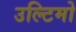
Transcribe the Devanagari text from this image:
उल्टिमो